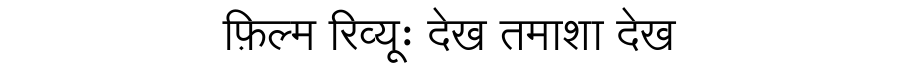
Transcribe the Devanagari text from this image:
फ़िल्म रिव्यूः देख तमाशा देख